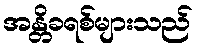
အန္တိခရစ်များသည်